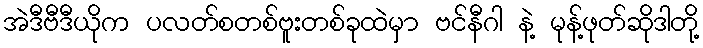
အဲဒီဗီဒီယိုက ပလတ်စတစ်ဗူးတစ်ခုထဲမှာ ဗင်နီဂါ နဲ့ မုန့်ဖုတ်ဆိုဒါတို့